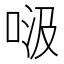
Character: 𱒹